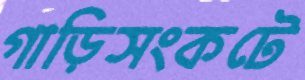
গাড়িসংকটে